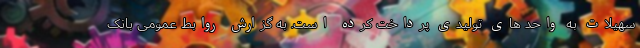
سهیلات به واحد های تولیدی پرداخت کرده است. به گزارش روابط عمومی بانک